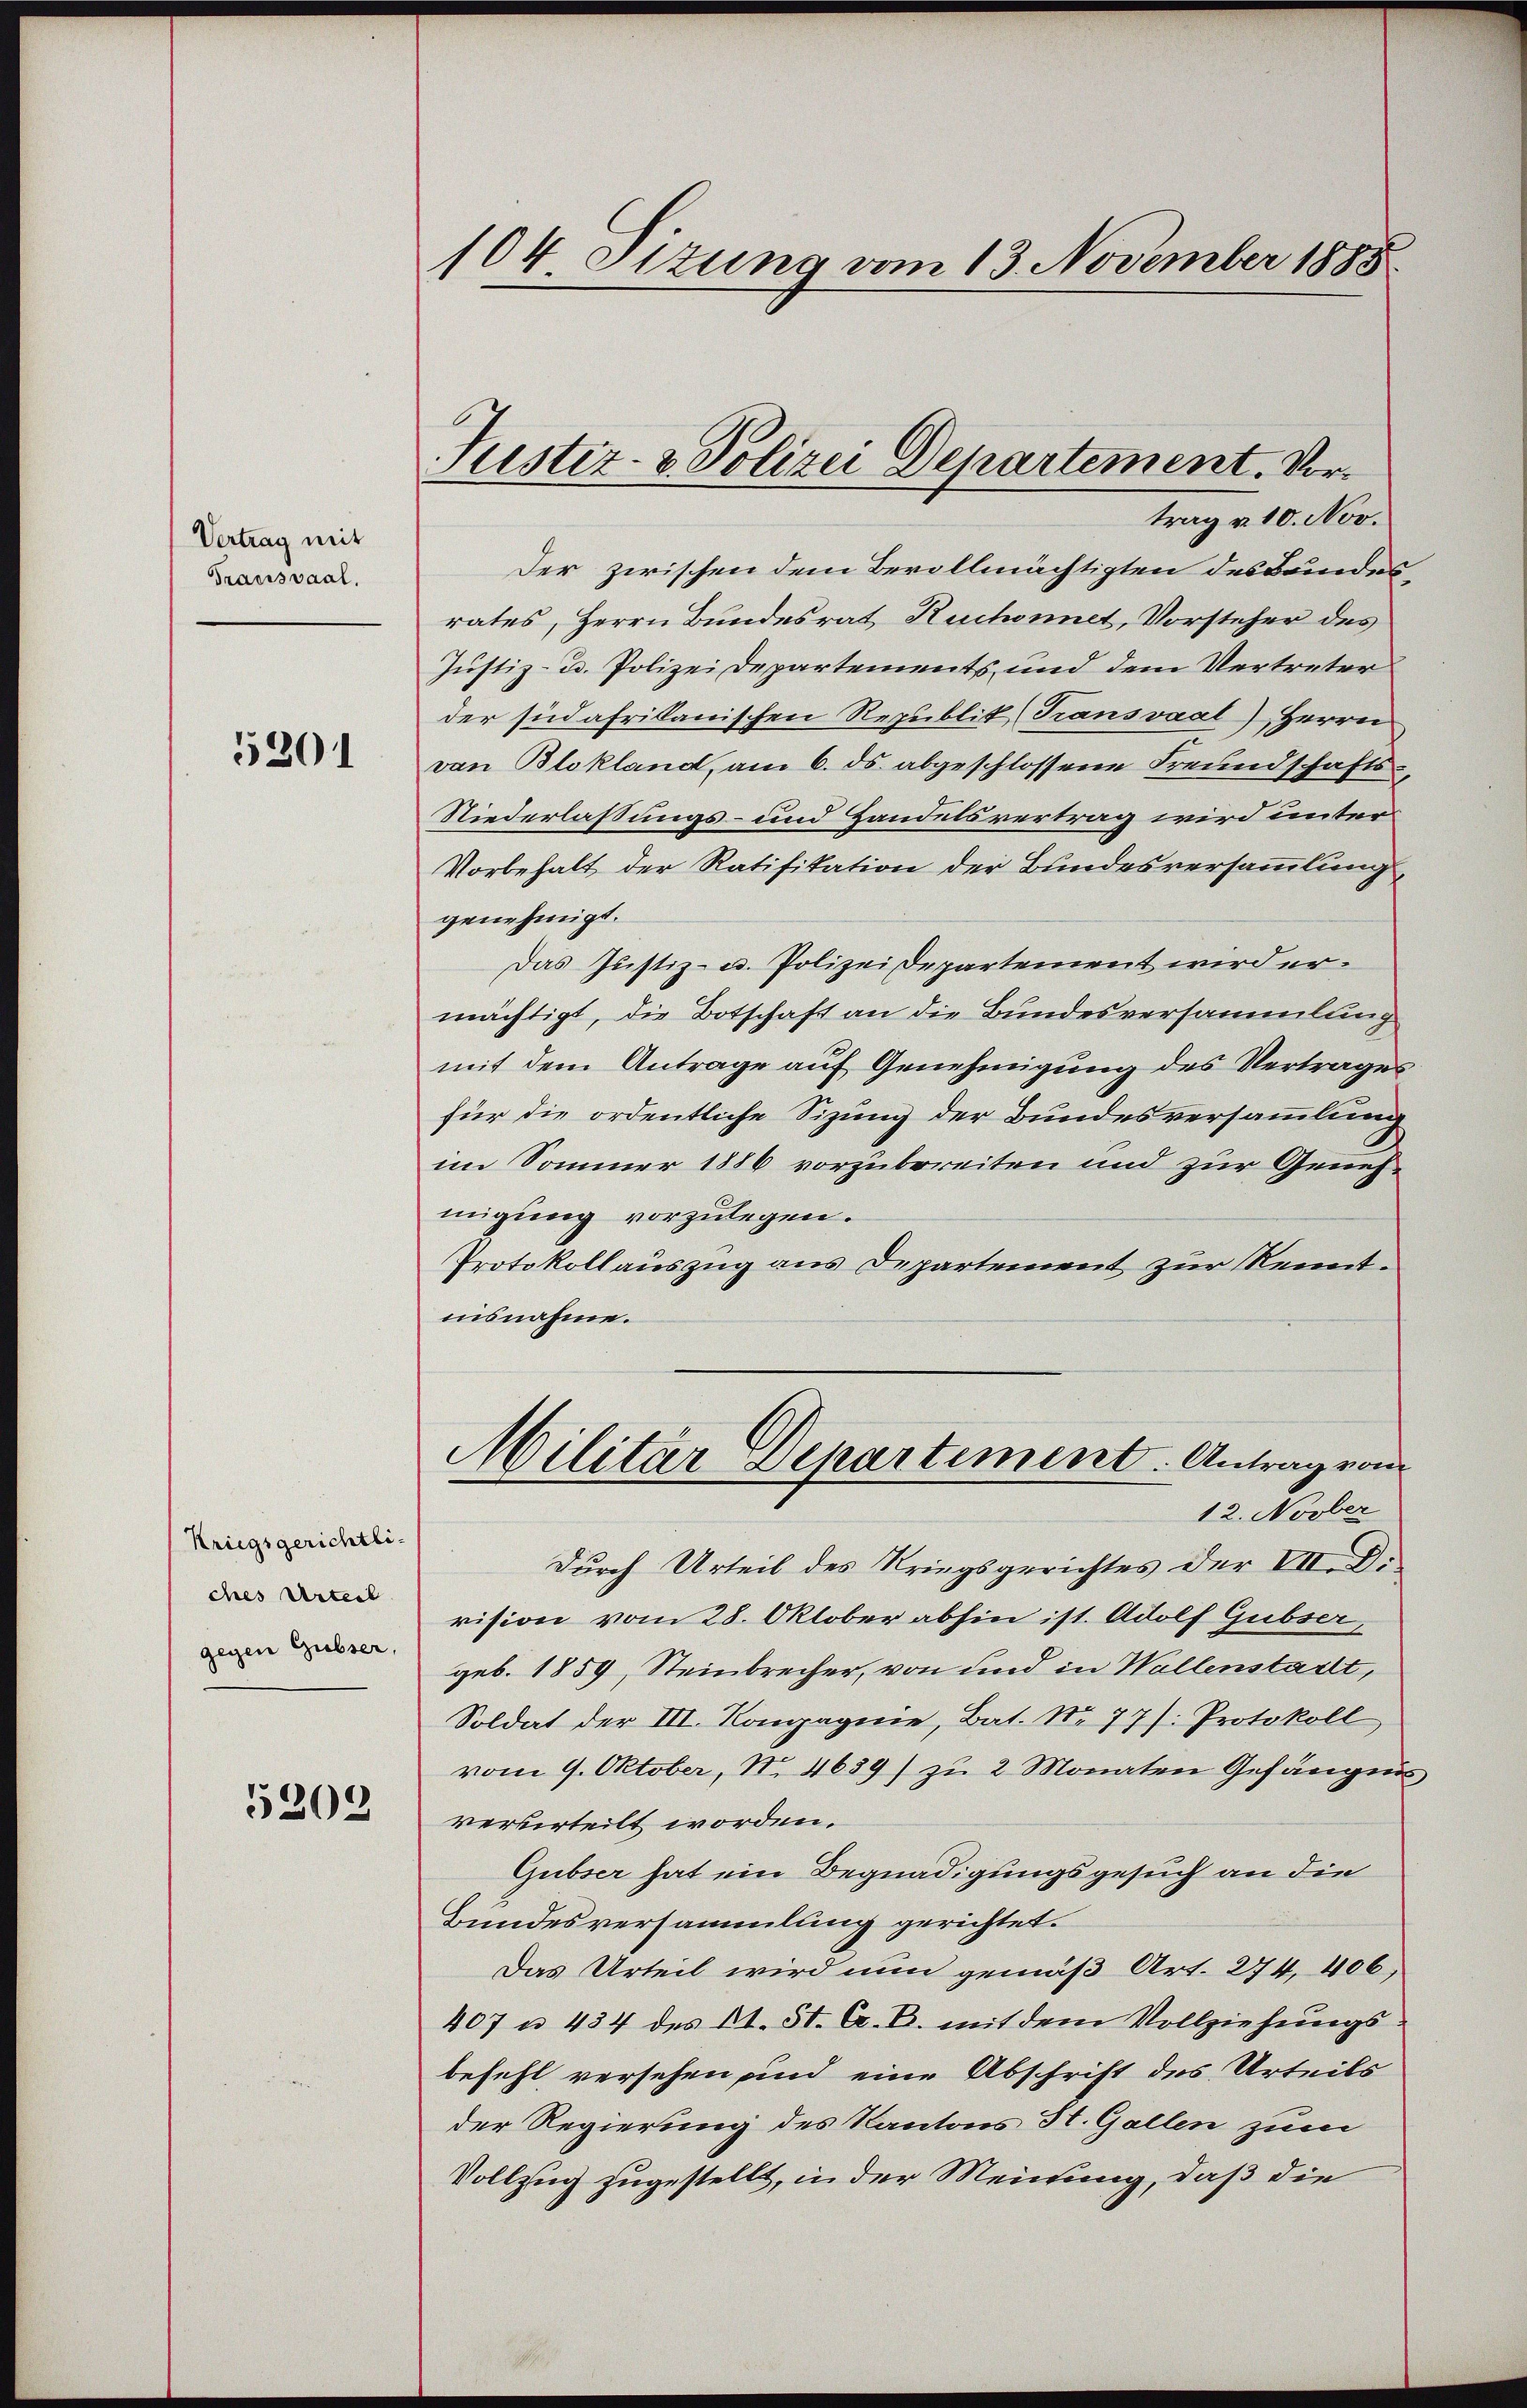
Vertrag mit
Transsaal.

3201

Kriegsgerichtliches Urteil
gegen Gubser,

5209

104 Ottung vom 13. November 1888

Justiz- & Polizei Departement. Vor¬

trag u. 10. Nov.
Der zwischen dem Bevollmächtigten des Bundesrates, Herrn Bundesrat Ruchonnet, Vorsteher des
Justiz- u. Polizei Departements und dem Vertreter
der südafrikanischen Republik, Transvaal), Herrn
von Blokland, am 6. ds. abgeschlossene Freundschafts-
Niederlassungs- und Handelsvertrag wird unter
Vorbehalt der Ratifikation der Bundesversammlung
genehmigt.
Das Justiz- u. Polizeidepartement wird ermächtigt, die Botschaft an die Bundesversammlung
mit dem Antrage auf Genehmigung des Vertrages
für die ordentliche Sizung der Bundesversammlung
im Sommer 1886 vorzubereiten und zur Genehmigung vorzulegen.
Protokollauszug aus Departement zur Kenntuisnahme.
Militär Departement. Antrag von
12. Novber
durch Urteil des Kriegsgerichtes der VII. Di
vision vom 28. Oktober abhin ist. Adolf Gubser,
geb. 1859, Steinbrecher, von und in Wallenstalt,
Soldat der III. Kompagnie, Bat. Nr. 77): Protokoll
vom 9. Oktober, No. 4639) zu 2 Monaten Gefängnis
ververteilt worden.
Gubser hat ein Begnadigungsgesuch an die
Bundesversammlung gerichtet.
Das Urteil wird nun gemäß Art. 274, 406,
407 n 434 des 11. 51. A. B. mit dem Vollziehungsbefehl versehen und eine Abschrift des Urteils
der Regierung des Kantons St. Gallen zum
Vollzug zugestellt, in der Meinung, daß die